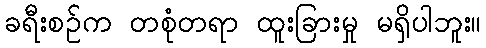
ခရီးစဉ်က တစုံတရာ ထူးခြားမှု မရှိပါဘူး။